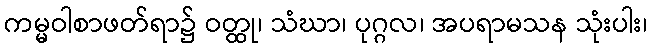
ကမ္မဝါစာဖတ်ရာ၌ ဝတ္ထု၊ သံဃာ၊ ပုဂ္ဂလ၊ အပရာမသန သုံးပါး၊